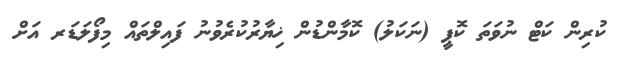
ކުރިން ކަޓް ނުވަތަ ކޮޕީ (ނަކަލު) ކޮމާންޑުން ޚިޔާރުކުރެވުނު ފައިލްތައް މިފޯލަޑަރ އަށް